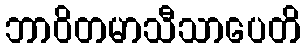
ဘာဝိတမာသီသာပေတိ